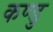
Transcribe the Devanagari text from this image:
कण्डु